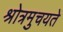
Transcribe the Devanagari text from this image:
श्रोत्रमुचयते